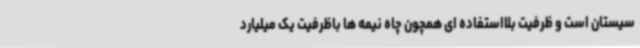
سیستان است و ظرفیت بلااستفاده ای همچون چاه نیمه ها باظرفیت یک میلیارد